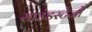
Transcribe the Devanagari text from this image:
साउंडस्टेजों